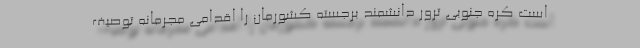
است کره جنوبی ترور دانشمند برجسته کشورمان را اقدامی مجرمانه توصیف